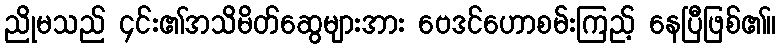
ညိုမသည် ၄င်း၏အသိမိတ်ဆွေများအား ဗေဒင်ဟောစမ်းကြည့် နေပြီဖြစ်၏။